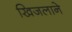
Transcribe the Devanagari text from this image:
खिजलाने